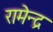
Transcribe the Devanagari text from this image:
रामेन्द्र